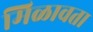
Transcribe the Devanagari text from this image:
मिळावता